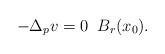
LaTeX: \begin{align*} -\Delta_p v = 0 \; \; B_r(x_0). \end{align*}